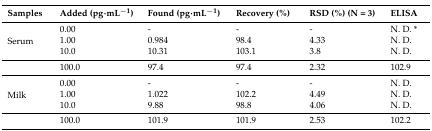
<table><thead><tr><td><b>Samples</b></td><td><b>Added (pg·mL<sup>−1</sup>)</b></td><td><b>Found (pg·mL<sup>−1</sup>)</b></td><td><b>Recovery (%)</b></td><td><b>RSD (%) (N = 3)</b></td><td><b>ELISA</b></td></tr></thead><tbody><tr><td rowspan="3">Serum</td><td>0.00</td><td>-</td><td>-</td><td>-</td><td>N. D. *</td></tr><tr><td>1.00</td><td>0.984</td><td>98.4</td><td>4.33</td><td>N. D.</td></tr><tr><td>10.0</td><td>10.31</td><td>103.1</td><td>3.8</td><td>N. D.</td></tr><tr><td></td><td>100.0</td><td>97.4</td><td>97.4</td><td>2.32</td><td>102.9</td></tr><tr><td rowspan="3">Milk</td><td>0.00</td><td>-</td><td>-</td><td>-</td><td>N. D.</td></tr><tr><td>1.00</td><td>1.022</td><td>102.2</td><td>4.49</td><td>N. D.</td></tr><tr><td>10.0</td><td>9.88</td><td>98.8</td><td>4.06</td><td>N. D.</td></tr><tr><td></td><td>100.0</td><td>101.9</td><td>101.9</td><td>2.53</td><td>102.2</td></tr></tbody></table>